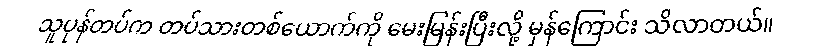
သူပုန်တပ်က တပ်သားတစ်ယောက်ကို မေးမြန်းပြီးလို့ မှန်ကြောင်း သိလာတယ်။